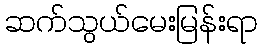
ဆက်သွယ်မေးမြန်းရာ